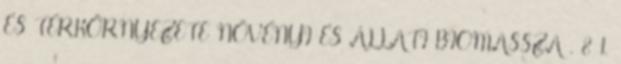
ÉS TÉRKÖRNYEZETE NÖVÉNYI ÉS ÁLLATI BIOMASSZA . 8 1.